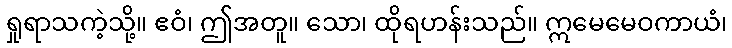
ရှုရာသကဲ့သို့။ ဧဝံ၊ ဤအတူ။ သော၊ ထိုရဟန်းသည်။ ဣမေမေဝကာယံ၊